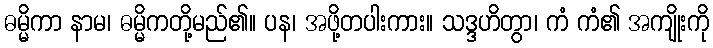
ဓမ္မိကာ နာမ၊ ဓမ္မိကတို့မည်၏။ ပန၊ အဖို့တပါးကား။ သဒ္ဒဟိတွာ၊ ကံ ကံ၏ အကျိုးကို